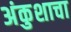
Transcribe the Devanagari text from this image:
अंकुशाचा